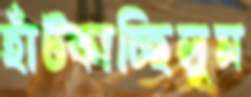
হাঁট্‌কাচ্ছিলুম